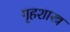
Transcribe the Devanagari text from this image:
गृहशास्त्र